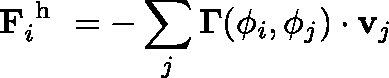
\mathbf { F } _ { i } ^ { \mathrm { ~ h ~ } } = - \sum _ { j } \mathbf { \Gamma } ( \phi _ { i } , \phi _ { j } ) \cdot \mathbf { v } _ { j }